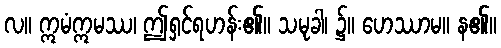
လ။ ဣမံဣမဿ၊ ဤရှင်ရဟန်း၏။ သမုခါ၊ ၌။ ဟေဿာမ။ န၏။